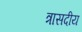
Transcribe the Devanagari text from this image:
त्रासदीय